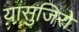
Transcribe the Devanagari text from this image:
यासुजिरो